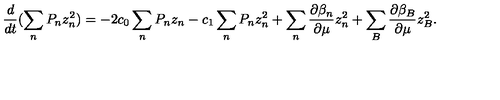
\frac { d } { d t } ( \sum _ { n } P _ { n } z _ { n } ^ { 2 } ) = - 2 c _ { 0 } \sum _ { n } P _ { n } z _ { n } - c _ { 1 } \sum _ { n } P _ { n } z _ { n } ^ { 2 } + \sum _ { n } \frac { \partial \beta _ { n } } { \partial \mu } z _ { n } ^ { 2 } + \sum _ { B } \frac { \partial \beta _ { B } } { \partial \mu } z _ { B } ^ { 2 } .